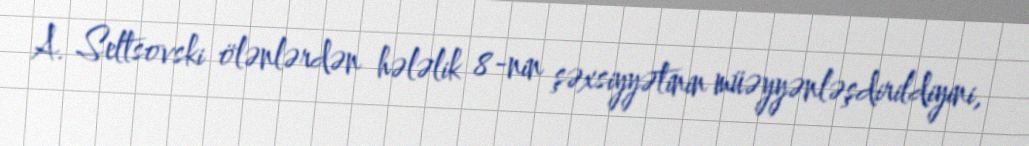
A. Seltsovski ölənlərdən hələlik 8-nin şəxsiyyətinin müəyyənləşdirildiyini,